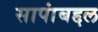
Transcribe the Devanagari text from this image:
सापांबद्दल